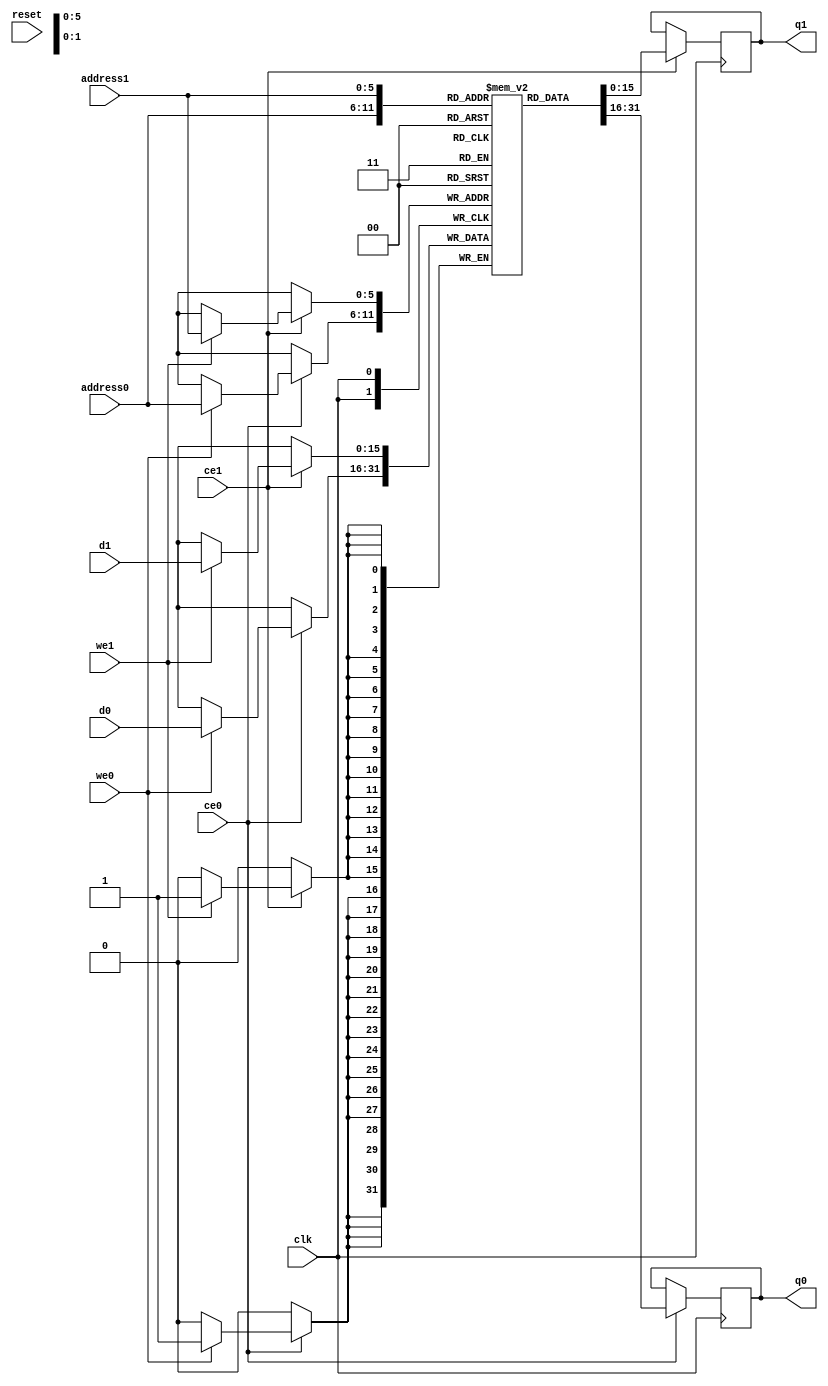
// ==============================================================
// Generated by Vitis HLS v2023.2
// Copyright 1986-2022 Xilinx, Inc. All Rights Reserved.
// Copyright 2022-2023 Advanced Micro Devices, Inc. All Rights Reserved.
// ==============================================================
`timescale 1 ns / 1 ps
module IMG2RLE_dct_RAM_AUTO_1R1W (
     
    address0, ce0,
    d0, we0, 
    q0, 
      
    address1, ce1,
    d1, we1, 
    q1, 
     
    reset, clk);

parameter DataWidth = 16;
parameter AddressWidth = 6;
parameter AddressRange = 64;
 
input[AddressWidth-1:0] address0;
input ce0;
input[DataWidth-1:0] d0;
input we0; 
output reg[DataWidth-1:0] q0; 
 
input[AddressWidth-1:0] address1;
input ce1;
input[DataWidth-1:0] d1;
input we1; 
output reg[DataWidth-1:0] q1; 

input reset;
input clk;

(* ram_style = "auto"  *)reg [DataWidth-1:0] ram[0:AddressRange-1];


 





//read first
always @(posedge clk)  
begin 
    if (ce0) begin
        if (we0) 
            ram[address0] <= d0; 
        q0 <= ram[address0];

    end
end 
 
  





//read first
always @(posedge clk)  
begin 
    if (ce1) begin
        if (we1) 
            ram[address1] <= d1; 
        q1 <= ram[address1];

    end
end 
 
 

endmodule